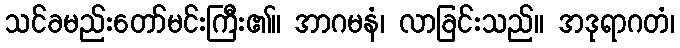
သင်ခမည်းတော်မင်းကြီး၏။ အာဂမနံ၊ လာခြင်းသည်။ အဒုရာဂတံ၊